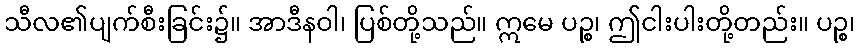
သီလ၏ပျက်စီးခြင်း၌။ အာဒီနဝါ၊ ပြစ်တို့သည်။ ဣမေ ပဉ္စ၊ ဤငါးပါးတို့တည်း။ ပဉ္စ၊